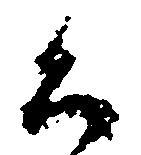
公